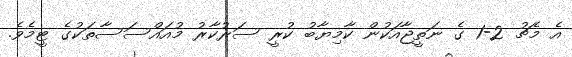
އެ މެޗު 2-1 ގެ ނަތީޖާއަކުން ކާމިޔާބު ކުރީ ސަރުކާރު މުއައްސަސާތަކުގެ ޓީމެވެ.